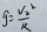
g = \frac { v _ { 2 } ^ { 2 } } { R }